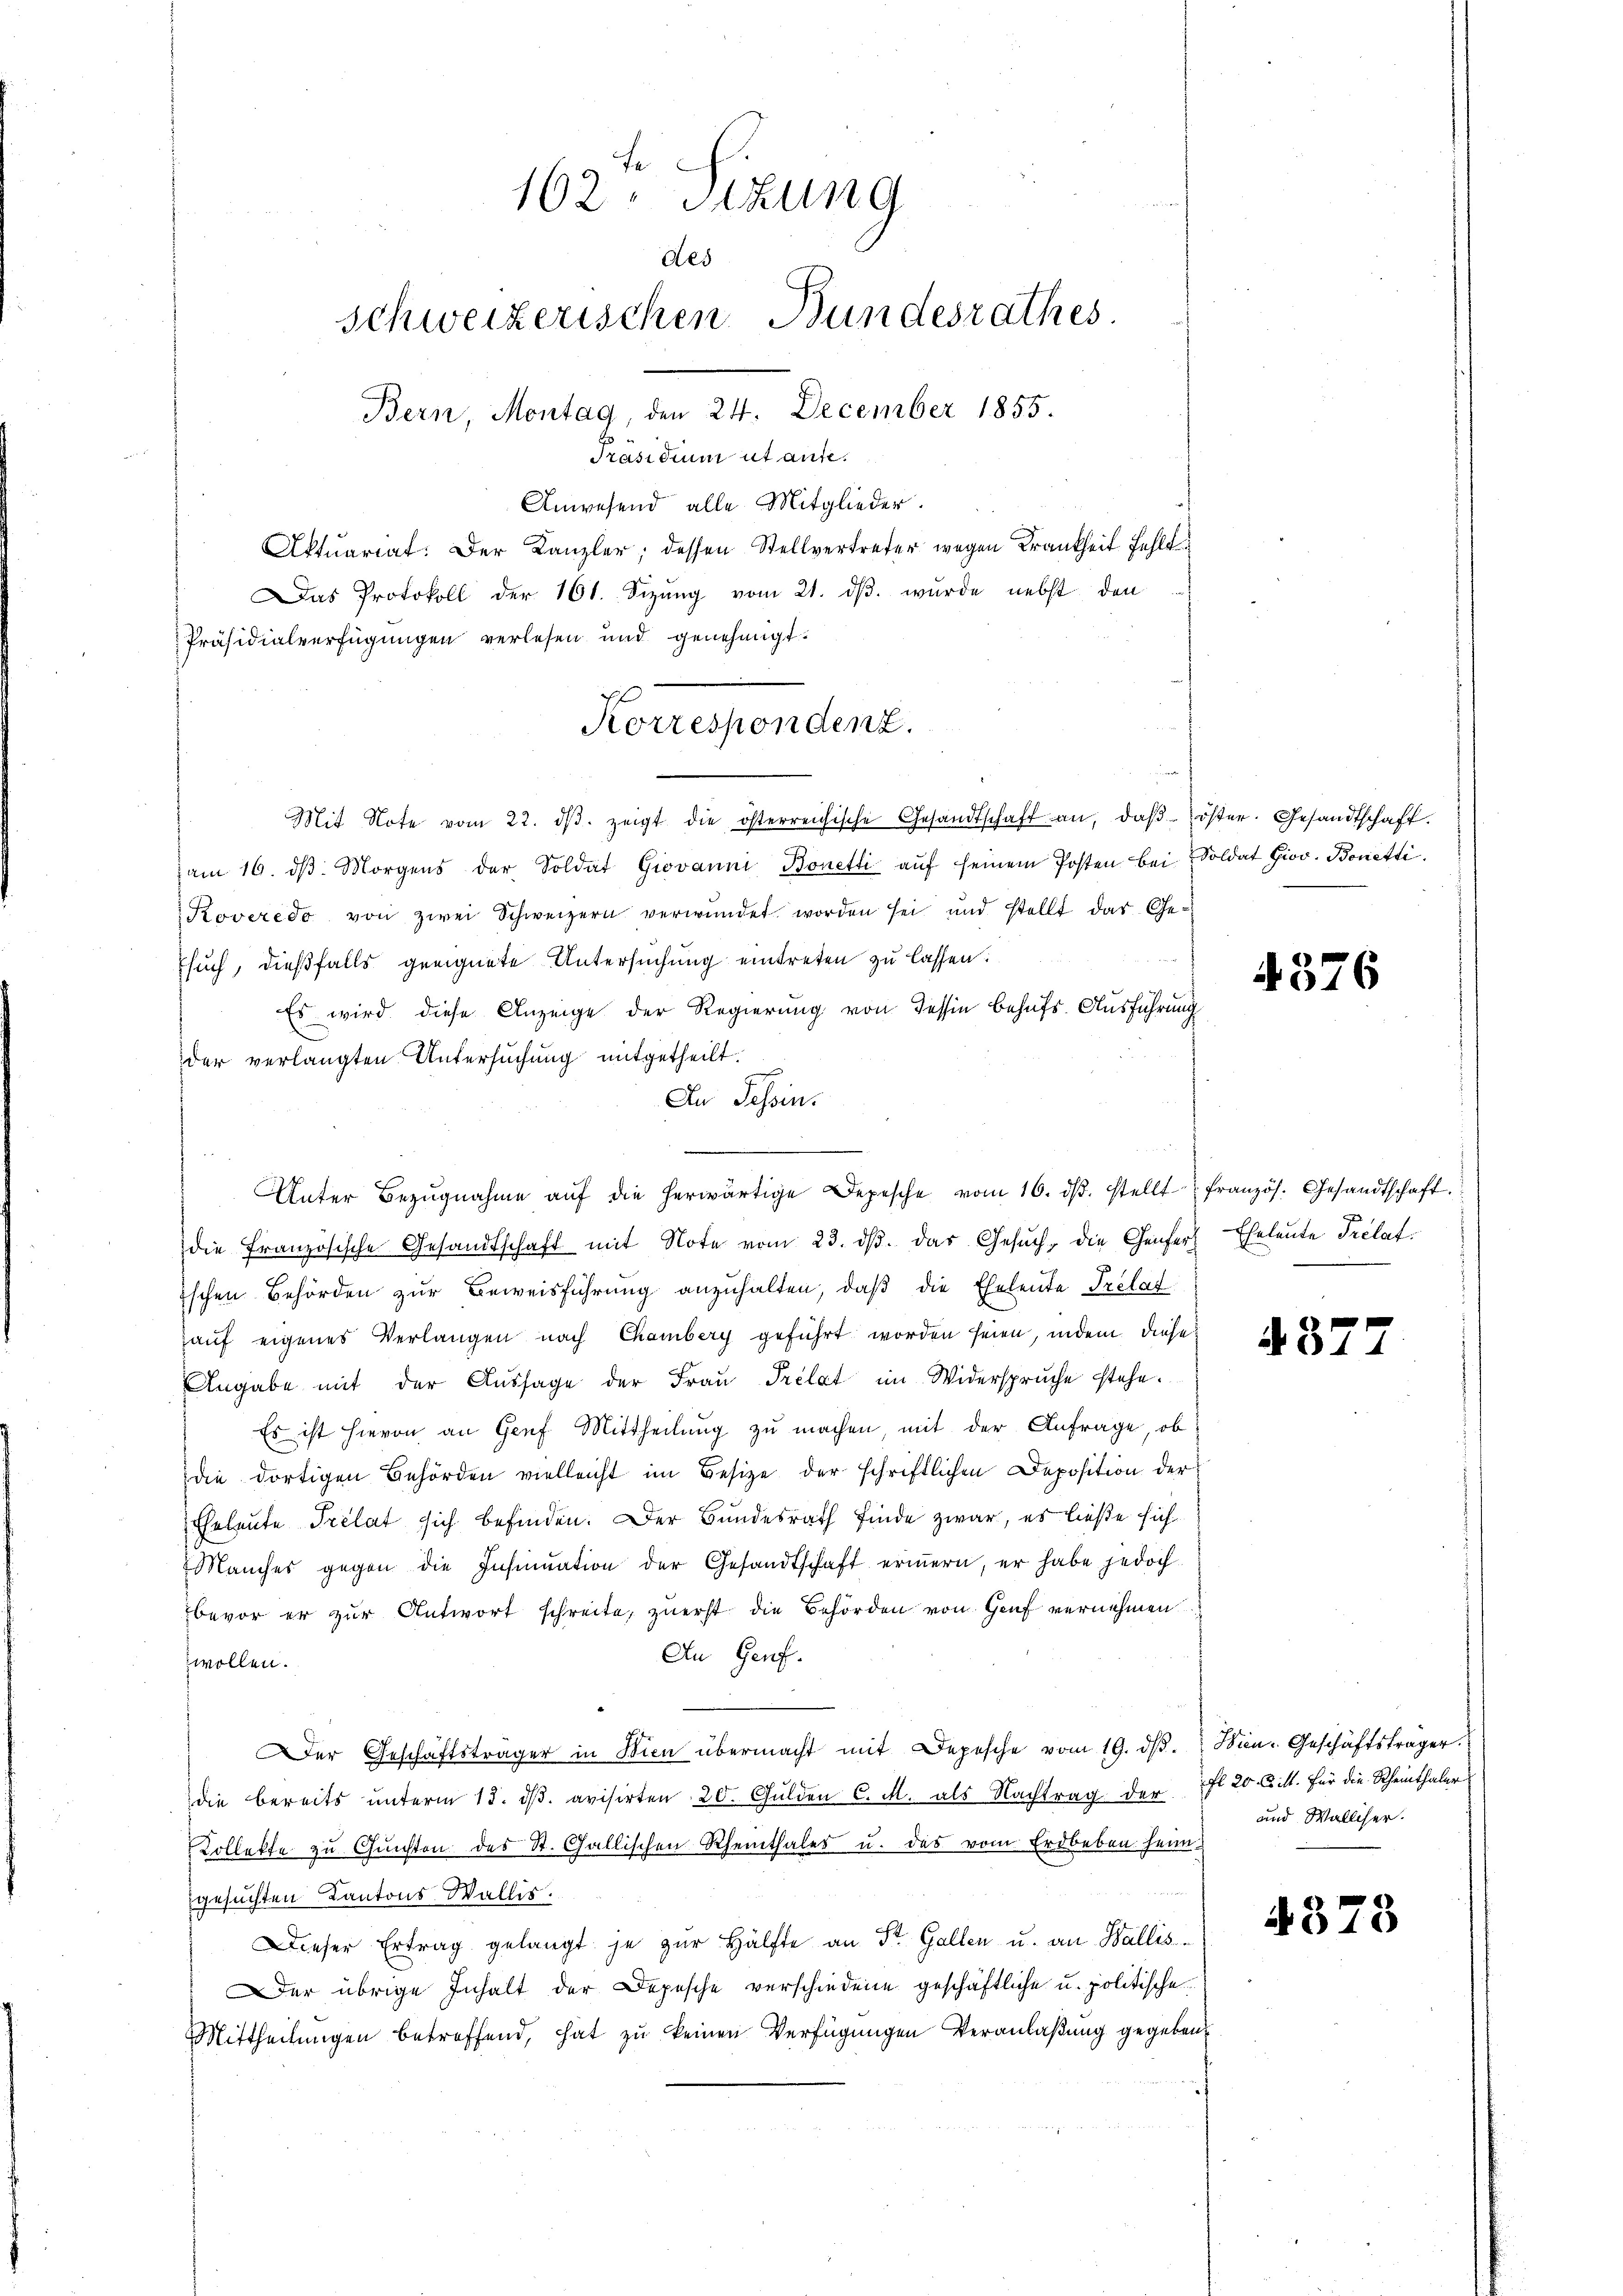
162. Sitzung
des
Schweizerischen Bundesrathes
Bern, Montag, den 24. December 1855.
Präsidium ut aufe.
Anwesend alle Mitglieder.
Aktuariat. Der Kanzler; dessen Stellvertreter wegen Krankheit fehlt
Das Protokoll der 161. Sizŭng vom 21. dβ. wurde nebst den

Präsidialverfügungen verlesen und genehmigt.
Mit Note vom 22. dβ zeigt die österreichische Gesandtschaft an, daβ öster. Gesandtschaft.
am 16. dβ. Morgens der Soldat Giovanni, Bonetti aŭf seinem Posten bei. Soldat Giov. Bonetti.
Koveredo von zwei Schweizern verwundet worden sei und stellt das Ge-
Esuch, dießfalls geeignete Untersuchung eintreten zu lassen.
Es wird diese Anzeige der Regierung von Tessin behufs Ausführung
der verlangten Untersuchung mitgetheilt.
An Tessin.
die Französische Gesandtschaft mit Note vom 23. dβ. das Gesŭch, die Genfer Eheleute Prelat¬
Eschen Behörden zur Beweisführung anzuhalten, daß die Eheleute Prelat
auf eigenes Verlangen nach Chamberg geführt worden seien, indem diese
Angabe mit der Aŭssage der Frau Prélat im Widerspruche stehe.
Es ist hievon an Genf Mittheilung zu machen, mit der Anfrage, ob
die dortigen Behörden vielleicht im Besize der schriftlichen Deposition der
Eheleute Prelat sich befinden. Der Bundesrath finde zwar, es ließe sich
Manches gegen die Insinuation der Gesandtschaft erinnern, er habe jedoch
bevor er zŭr Antwort schreite, zŭerst die Behörden von Genf vernehmen
An Genf.
wollen.
er Geschäftsträger in Wien übermacht mit Depesche vom 19. dβ. Wien Geschäftsträger.
die bereits unterm 13. ds. avisirten 20. Gulden C. M. als Nachtrag der fl 20 litt. Für die Scheinthaler
Kollekte zu Gunsten des St. Gallischen Rheinthales u. das vom Erdbeben heim
gesuchten Kantons Wallis.
Dieser Ertrag gelangt je zur Hälfte an St. Gallen u. an Wallis
er übrige Inhalt der Depesche verschiedene geschäftliche u. politische
Mittheilungen betreffend, hat zu keinen Verfügungen Veranlaßung gegeben¬

Korrespondenz.

Unter Bezŭgnahme aŭf die herwärtige Depesche vom 16. dβ. stellt französ. Gesandtschaft.

4576

37

und Walliser.

37

3